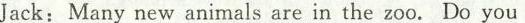
Jack:Many new animals are in the zoo. Do you